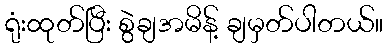
ရုံးထုတ်ပြီး စွဲချအမိန့် ချမှတ်ပါတယ်။